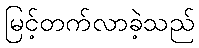
မြင့်တက်လာခဲ့သည်